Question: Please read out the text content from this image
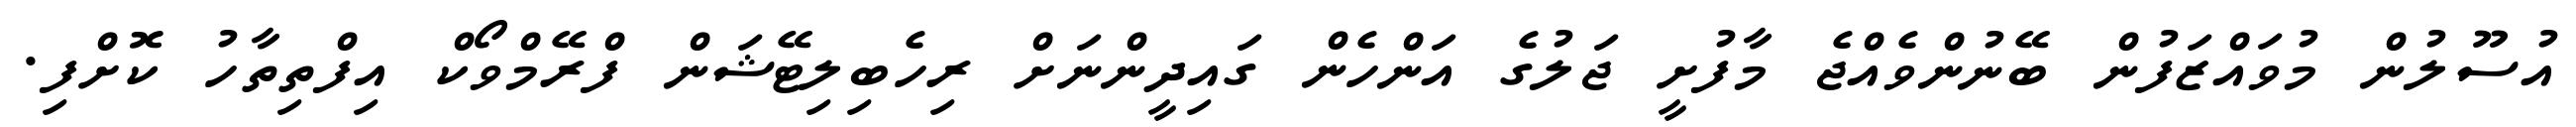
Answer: އުސޫލުން މުވައްޒަފުން ބޭނުންވެއްޖެ މާފުށީ ޖަލުގެ އަންހެން ގައިދީންނަށް ރިހެބިލިޓޭޝަން ފްރޭމްވޯކް އިފްތިތާހު ކޮށްފި.